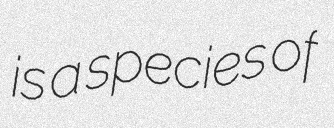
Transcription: is a species of